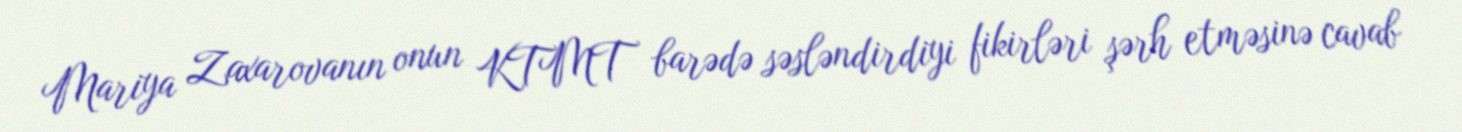
Mariya Zaxarovanın onun KTMT barədə səsləndirdiyi fikirləri şərh etməsinə cavab